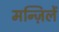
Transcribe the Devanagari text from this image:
मन्ज़िलें